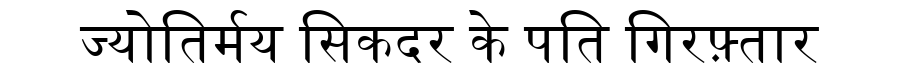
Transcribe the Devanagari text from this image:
ज्योतिर्मय सिकदर के पति गिरफ़्तार